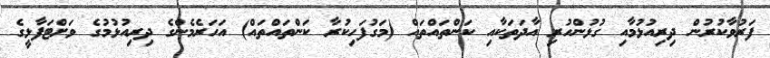
ފަރުވާކުރުން ދިރިއުޅުމާއި ގުޅުންހުރި އާދަތަކާއި ކަންތައްތައް (މަގުފަހިކުރާ ކަންތައްތައް) އަހަރެމެންގެ ދިރިއުޅުމުގެ ވަށްޓަފާޅީގެ